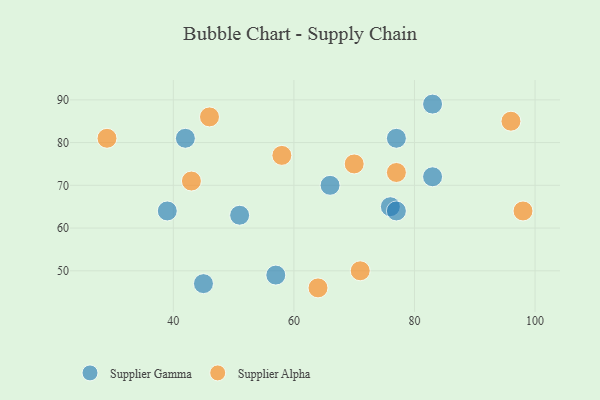
{"axis": {"x": "GDP", "y": "Life Expectancy"}, "legend": ["Supplier Alpha", "Supplier Gamma"], "data": [{"x": "76", "y": 65, "type": "Supplier Gamma"}, {"x": "77", "y": 81, "type": "Supplier Gamma"}, {"x": "83", "y": 72, "type": "Supplier Gamma"}, {"x": "39", "y": 64, "type": "Supplier Gamma"}, {"x": "83", "y": 89, "type": "Supplier Gamma"}, {"x": "51", "y": 63, "type": "Supplier Gamma"}, {"x": "45", "y": 47, "type": "Supplier Gamma"}, {"x": "77", "y": 64, "type": "Supplier Gamma"}, {"x": "57", "y": 49, "type": "Supplier Gamma"}, {"x": "42", "y": 81, "type": "Supplier Gamma"}, {"x": "66", "y": 70, "type": "Supplier Gamma"}, {"x": "77", "y": 73, "type": "Supplier Alpha"}, {"x": "98", "y": 64, "type": "Supplier Alpha"}, {"x": "70", "y": 75, "type": "Supplier Alpha"}, {"x": "64", "y": 46, "type": "Supplier Alpha"}, {"x": "71", "y": 50, "type": "Supplier Alpha"}, {"x": "96", "y": 85, "type": "Supplier Alpha"}, {"x": "29", "y": 81, "type": "Supplier Alpha"}, {"x": "43", "y": 71, "type": "Supplier Alpha"}, {"x": "58", "y": 77, "type": "Supplier Alpha"}, {"x": "46", "y": 86, "type": "Supplier Alpha"}]}